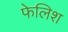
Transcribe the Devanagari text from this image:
फेलिश